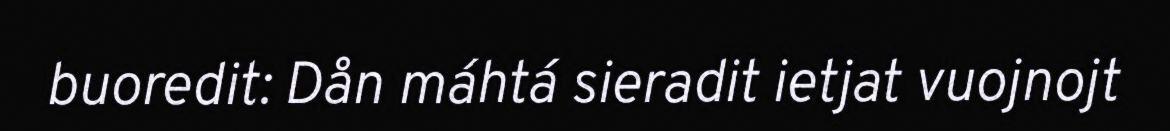
buoredit: Dån máhtá sieradit ietjat vuojnojt